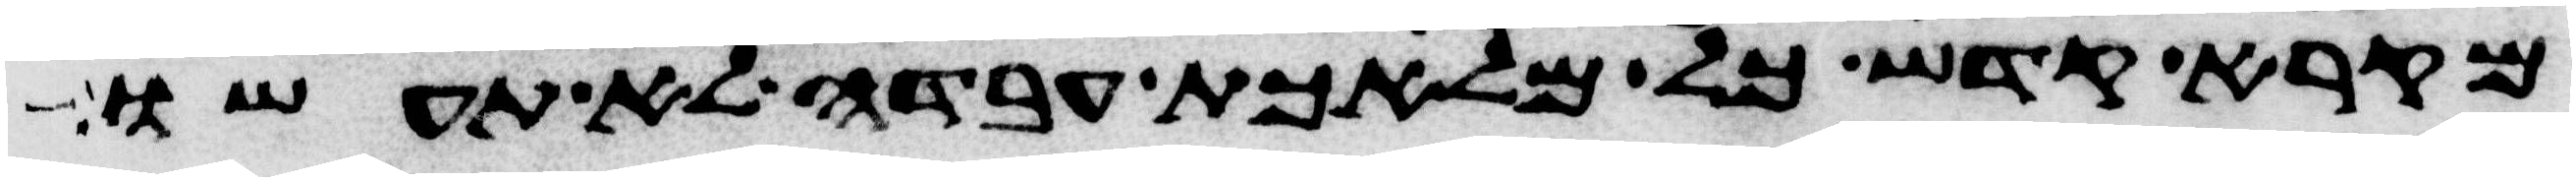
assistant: מקרא קדש כל מלאכת עבדה לא תעשו